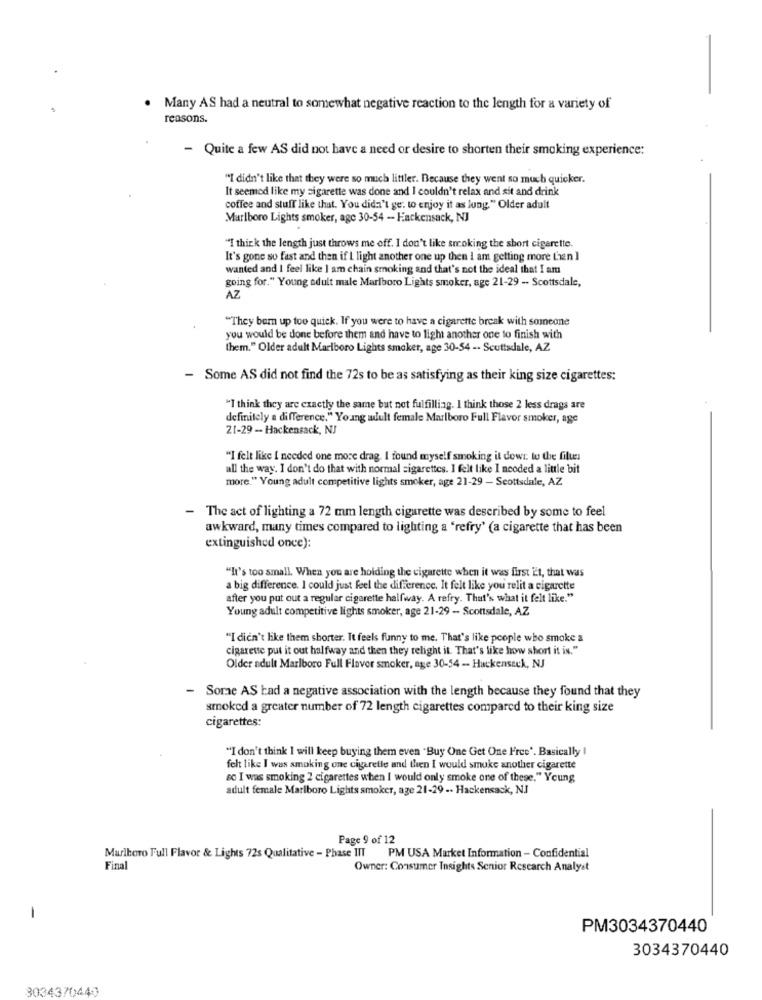
Many AS had a neutral to somewhat negative reaction to the length for a variety of
reasons.
- Quite a few AS did not have a need or desire to shorten their smoking experience:
"I didn't like that they were so much littler. Because they went so much quicker.
It seemed like my zigarette was done and I couldn't relax and sit and drink
coffee and stuff like that. You didn't ge; to enjoy it as lung." Older adult
Marlboro Lights smoker, age 30-54 - Hackensack, NJ
"I think the length just throws me off. I don't like smoking the short cigarette.
It's gone so fast and then if L light another one up then I am getting more L'en ]
wanted and I feel like I am chain smoking and that's not the ideal that I am
going for." Young adult male Marlboro Lights smoker, age 21-29 -- Scottsdale,
AZ
"They bern up too quick. If you were to have a cigarette break with someone
you would be done before them and have to light another one to finish with
them." Older adult Marlboro Lights smoker, age 30-54 -. Scottsdale, AZ
- Some AS did not find the 72s to be as satisfying as their king size cigarettes:
"I think they are exactly the same but not fulfilliag. I think those 2 less drags are
definitely a difference." Young adult female Marlboro Full Flavor smoker, age
21-29 - Hackensack, NJ
"I felt like I needed one more drag. I found myself smoking it down to the filue
all the way. I don't do that with normal cigarettes. I felt like I neoded a little bit
more." Young adult competitive lights smoker, age 21-29 - Scottsdale, AZ
- The act of lighting a 72 mm length cigarette was described by some to feel
awkward, many times compared to lighting a "refry' (a cigarette that has been
extinguished once):
"It's too small. When you are holding the cigarette when it was first it, that was
a big difference. I could just feel the difference. It felt like you relit a cigarette
after you put out a regular cigarette halfway. A refry. That's what it felt like."
Young adult competitive lights smoker, age 21-29 - Scottsdale, AZ
"I didn't like them shorter. It feels funny to me. That's like people who smoke a
cigarette put it out halfway and then they relight it. That's like how short it is."
Older adult Marlboro Full Flavor smoker, age 30-54 - Hackensack, NJ
- Some AS bad a negative association with the length because they found that they
smoked a greater number of 72 length cigarettes compared to their king size
cigarettes:
"I don't think I will keep buying them even "Buy One Get One Free'. Basically I
felt like I was smoking one cigaretle and then I would smoke another cigarette
so I was smoking 2 cigarettes when I would only smoke one of these." Young
adult female Marlboro Lights smoker, age 21-29 -. Hackensack, NJ
Page 9 of 12
Marlboro Full Flavor & Lights 72s Qualitative - Phase III PM USA Market Information - Confidential
Final
Owner: Consumer Insights Senior Research Analyst
-
PM3034370440
3034370440
3034370440